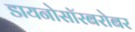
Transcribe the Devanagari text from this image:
डायनोसॉरबरोबर